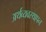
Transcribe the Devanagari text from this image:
अर्थव्यवस्थापन